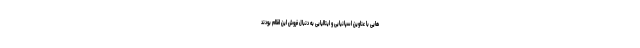
هایی با عناوین اسپانیایی و ایتالیایی به دنبال فروش این اقلام بودند